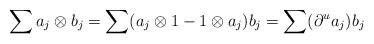
LaTeX: \begin{gather*}\sum a_j \otimes b_j=\sum(a_j \otimes 1-1 \otimes a_j)b_j=\sum ({\partial}^u a_j)b_j\end{gather*}